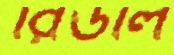
রিডলি